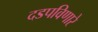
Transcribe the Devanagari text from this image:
दडपविणारे